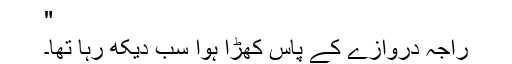
"
راجہ دروازے کے پاس کھڑا ہوا سب دیکھ رہا تھا۔